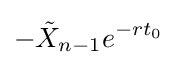
-{\tilde {X}}_{n-1}e^{-rt_{0}}